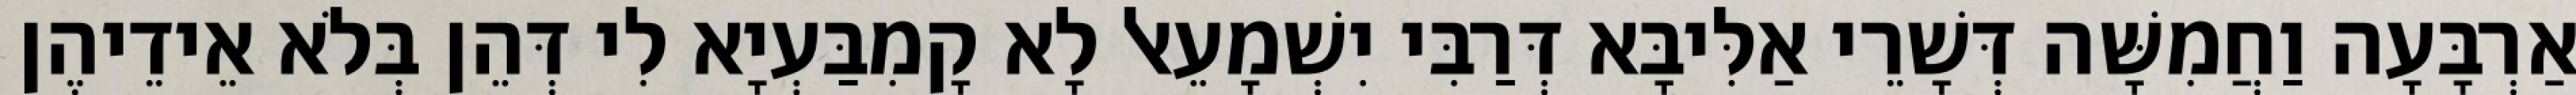
אַרְבָּעָה וַחֲמִשָּׁה דְּשָׁרֵי אַלִּיבָּא דְּרַבִּי יִשְׁמָעֵאל לָא קָמִבַּעְיָא לִי דְּהֵן בְּלֹא אֵידֵיהֶן